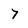
Character: 7